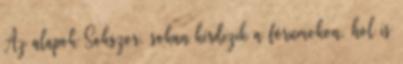
Az alapok Sokszor, sokan kérdezik a fórumokon, hol is